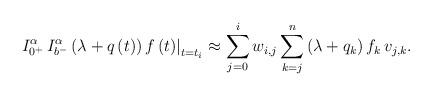
LaTeX: \begin{align*}{\left. {I_{{0^ + }}^\alpha \,I_{{b^ - }}^\alpha \left(\lambda + q \left(t\right) \right)f\left( t \right)} \right|_{t = {t_i}}} \approx \sum\limits_{j = 0}^i {{w_{i,j}}\sum\limits_{k = j}^n {{\left(\lambda + q_k\right) f_k} \,{v_{j,k}}} } .\end{align*}